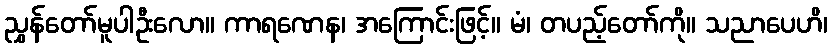
ညွှန်တော်မူပါဦးလော။ ကာရဏေန၊ အကြောင်းဖြင့်။ မံ၊ တပည့်တော်ကို။ သညာပေဟိ၊